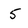
Character: 5